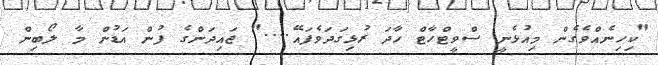
"ކިހިނެއްވެގެން މިއުޅެނީ ސްވީޓްހާޓް ހާދަ ރުޅިގަދަވެފައޭ...." ޖައިދަންގެ ފުން އަޑުން މާ ލޯބިން